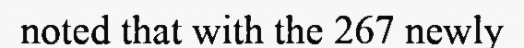
noted that with the 267 newly